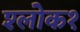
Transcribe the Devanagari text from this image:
श्लोक१